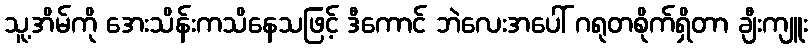
သူ့အိမ်ကို အေးသိန်းကသိနေသဖြင့် ဒီကောင် ဘဲလေးအပေါ် ဂရုတစိုက်ရှိတာ ချီးကျူး